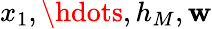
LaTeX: x_{1},\hdots,h_{M},\mathbf{w}